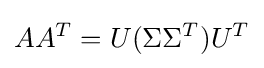
AA^{T}=U(\Sigma \Sigma ^{T})U^{T}